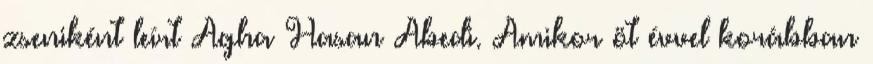
zseniként leírt Agha Hasan Abedi. Amikor öt évvel korábban